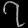
Digit: ၇